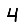
Digit: 4